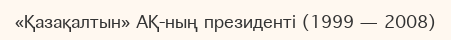
«Қазақалтын» АҚ-ның президенті (1999 — 2008)